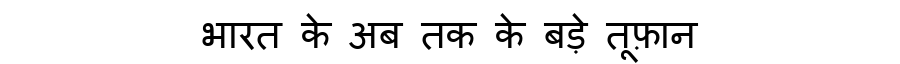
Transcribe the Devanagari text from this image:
भारत के अब तक के बड़े तूफ़ान